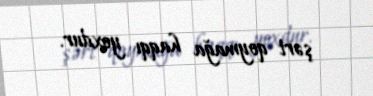
şərt qoymağa haqqı yoxdur.